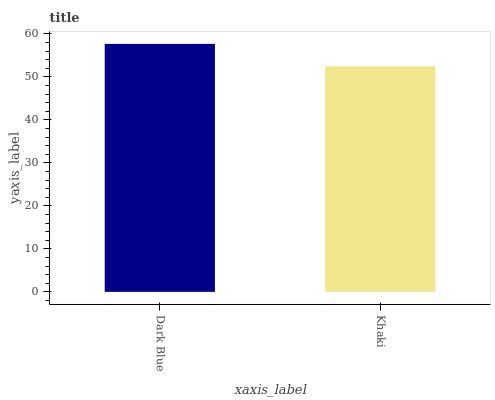
| xaxis_label | bars |
 | --- | --- |
 | Dark Blue | 57.7 |
 | Khaki | 52.4 |